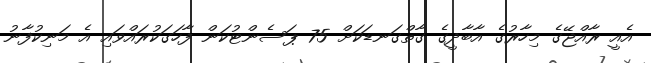
އެއީ ރާއްޖޭގެ މިހާރުގެ އާބާދީގެ ގާތްގަނޑަކަށް 75 ޕަސެންޓުކަން ފާހަގަކުރައްވައި އެ މަނިކުފާނު